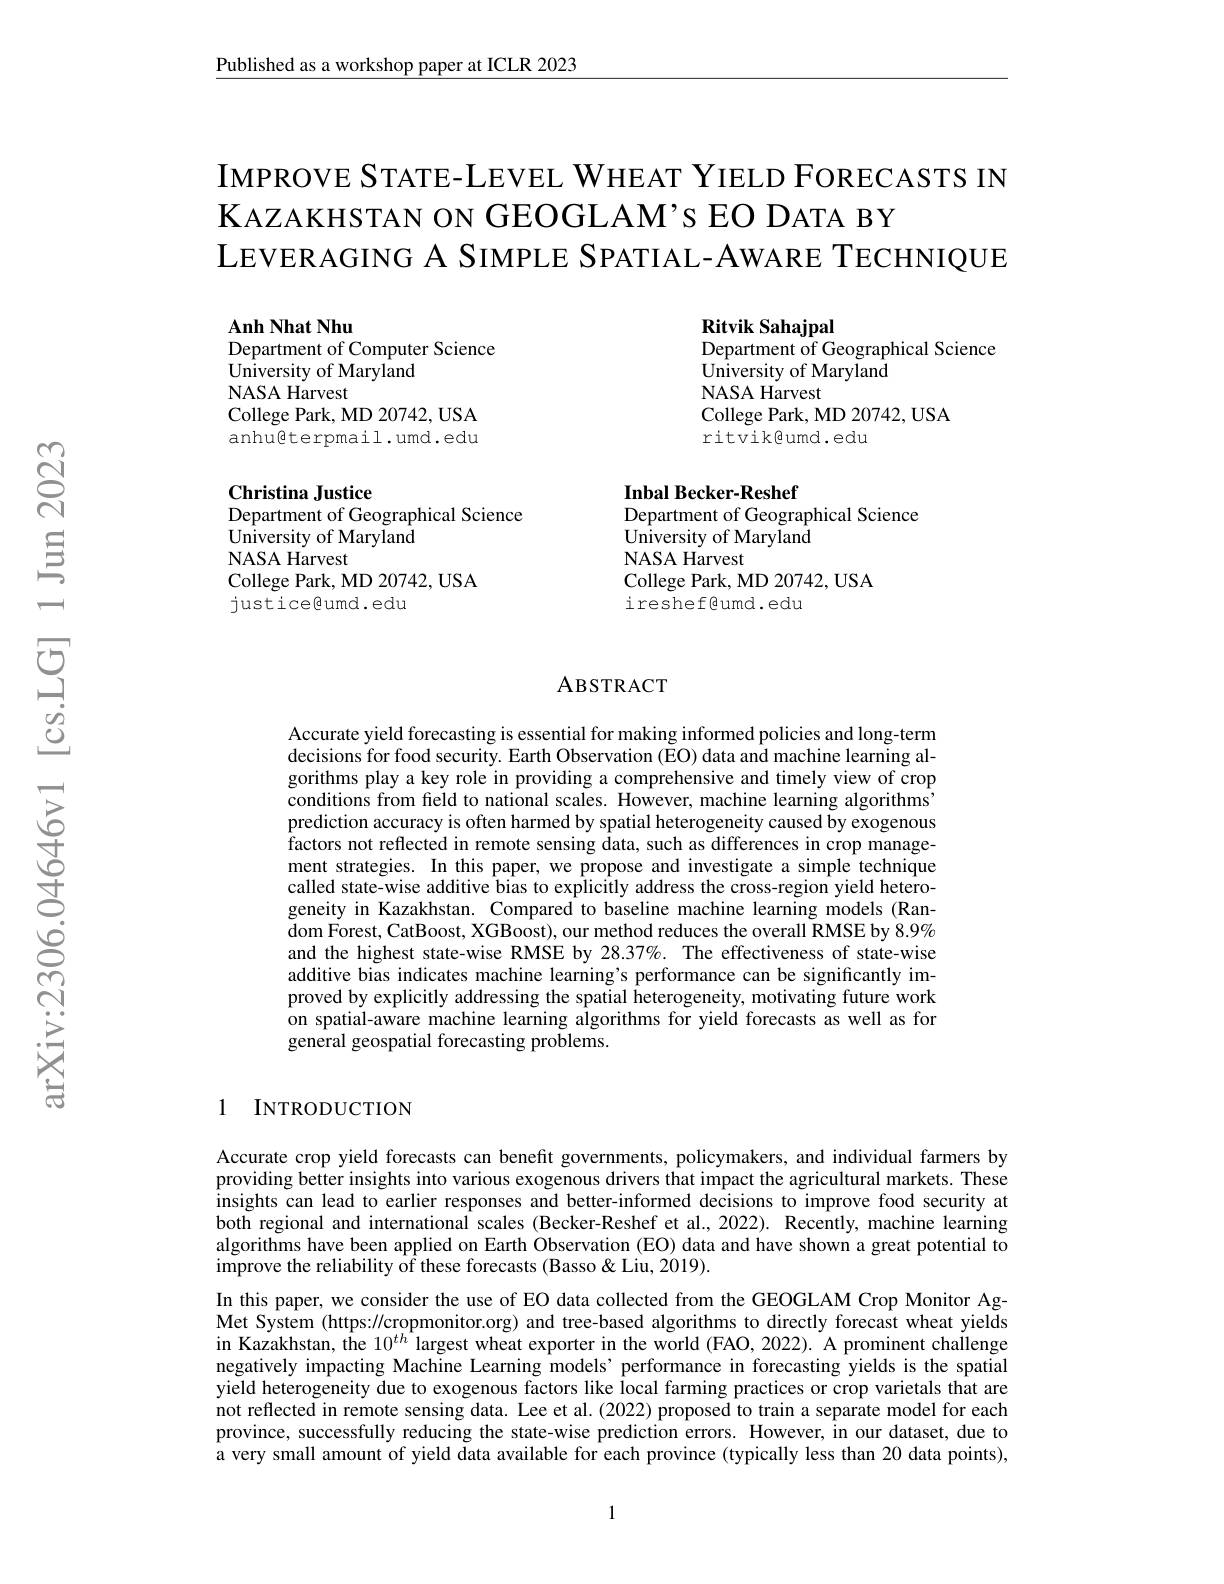
Published as a workshop paper at ICLR 2023

IMPROVE STATE-LEVEL WHEAT YIELD FORECASTS IN
KАZAКНSTAN ON GEOGLAM's EO DATA BY
LEVERAGING A SIMPLE SPATIAL-AWARE TECHNIQUE

Anh Nhat Nhu
Department of Computer Science
$\bar{\text{University of Maryland}}$
NASA Harvest
College Park, MD 20742, USA anhugterpmail.umd.edu

Ritvik Sahajpal
Department of Geographical Science
University of Maryland
NASA Harvest
College Park, MD 20742, USA
ritvikgumd.edu

Christina Justice
Department of Geographical Science
$\hat{\text{University of Maryland}}$
NASA Harvest
College Park, MD 20742, USA
justicegumd.edu

Inbal Becker-Reshef
Department of Geographical Science
University of Maryland
NASA Harvest
College Park, MD 20742, USA
ireshef@umd.edu

### ABSTRACT

Accurate yield forecasting is essential for making informed policies and long-term decisions for food security. Earth Observation (EO) data and machine learning algorithms play a key role in providing a comprehensive and timely view of crop conditions from freld to national scales. However, machine learning algorithms' prediction accuracy is often harmed by spatial heterogeneity caused by exogenous factors not reflected in remote sensing data, such as differences in crop management strategies. In this paper, we propose and investigate a simple technique called state-wise additive bias to expîlicitly address the cross-region yield heterogeneity in Kazakhstan. Compared to baseline machine learning models (Ran- $\ddot{\text{dom Forest, CatBoost, XGBoost), our method reduces the overall RMSE by 8.9\%}}$ and the highest state-wise RMSE by 28.37%. The effectiveness of state-wise additive bias indicates machine learning's performance can be significantly improved by explicitly addressing the spatial heterogeneity, motivating future work on spatial-aware machine learning algorithms for yield forecasts as well as for general geospatial forecasting problems.

### 1 INTRODUCTION

Accurate crop yield forecasts can benefit governments, policymakers, and individual farmers by providing better insights into various exogenous drivers that impact the agricultural markets. These insights can lead to earlier responses and better-informed decisions to improve food security at both regional and international scales (Becker-Reshef et al.,2022). Recently, machine learning algorithms have been applied on Earth Observation (EO) data and have shown a great potential to improve the reliability of these forecasts (Basso&Liu, 2019).
In this paper, we consider the use of EO data collected from the GEOGLAM Crop Monitor AgMet System (https://cropmonitor.org) and tree-based algorithms to directly forecast wheat yields in Kazakhstan, the $10^{th}$ largest wheat exporter in the world (FAO, 2022). A prominent challenge negatively impacting Machine Learning models’ performance in forecasting yields is the spatial yield heterogeneity due to exogenous factors like local farming practices or crop varietals that are not reflected in remote sensing data. Lee et al.(2022) proposed to train a separate model for each province, successfully reducing the state-wise prediction errors. However, in our dataset, due to $\dot{\text{a very small amount of yield data available for each province (typically less than 20 data points),}}$

1